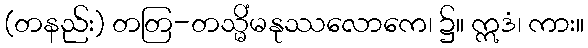
(တနည်း) တတြ-တသ္မိံမနုဿလောကေ၊ ၌။ ဣဒံ၊ ကား။